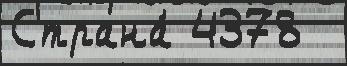
Страна́ 4378